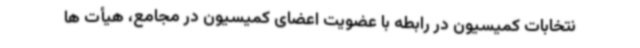
نتخابات کمیسیون در رابطه با عضویت اعضای کمیسیون در مجامع، هیأت ها